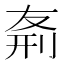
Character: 𠝊